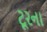
ટૂરના